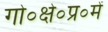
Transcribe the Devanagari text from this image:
गो०क्षे०प्र०में